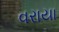
વરાયા